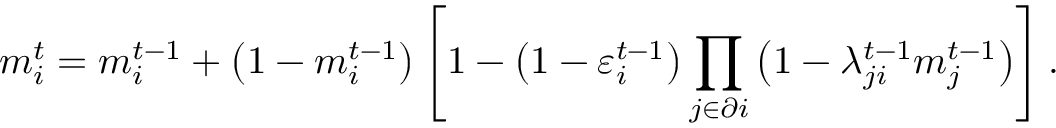
m _ { i } ^ { t } = m _ { i } ^ { t - 1 } + \left( 1 - m _ { i } ^ { t - 1 } \right) \left[ 1 - \left( 1 - \varepsilon _ { i } ^ { t - 1 } \right) \prod _ { j \in \partial i } \left( 1 - { \lambda } _ { j i } ^ { t - 1 } m _ { j } ^ { t - 1 } \right) \right] .